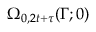
\Omega _ { 0 , 2 t + \tau } ( \Gamma ; 0 )